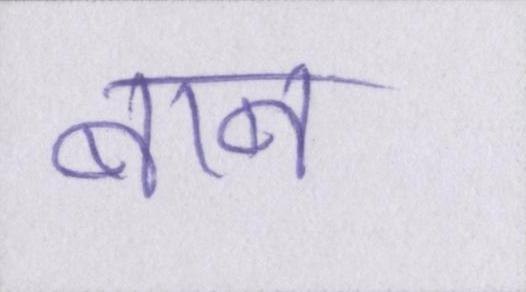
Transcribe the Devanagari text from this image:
बाब